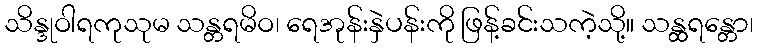
သိန္ဒုဝါရကုသုမ သန္တရမိဝ၊ ရေအုန်းနှဲပန်းကို ဖြန့်ခင်းသကဲ့သို့။ သန္ထရန္တော၊